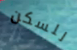
للسكن